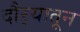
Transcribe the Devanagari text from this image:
दौर्‍यातून